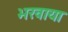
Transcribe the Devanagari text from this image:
भरवाया